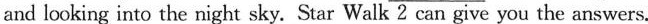
and looking into the night sky. Star Walk 2 can give you the answers.